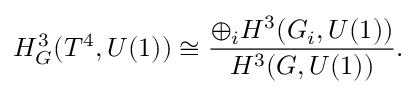
H _ { G } ^ { 3 } ( T ^ { 4 } , U ( 1 ) ) \cong \frac { \oplus _ { i } H ^ { 3 } ( G _ { i } , U ( 1 ) ) } { H ^ { 3 } ( G , U ( 1 ) ) } .